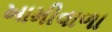
ખામીવાળા